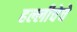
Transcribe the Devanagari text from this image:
हल्लीचेचे